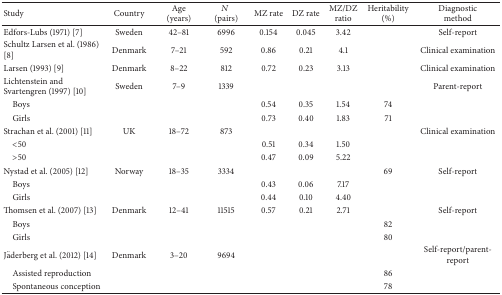
| Study | Country | Age(years) | N (pairs) | MZ rate | DZ rate | MZ/DZratio | Heritability(%) | Diagnostic method |
 | --- | --- | --- | --- | --- | --- | --- | --- | --- |
 | Edfors-Lubs (1971) [7] | Sweden | 42–81 | 6996 | 0.154 | 0.045 | 3.42 |  | Self-report |
 | Schultz Larsen et al. (1986) [8] | Denmark | 7–21 | 592 | 0.86 | 0.21 | 4.1 |  | Clinical examination |
 | Larsen (1993) [9] | Denmark | 8–22 | 812 | 0.72 | 0.23 | 3.13 |  | Clinical examination |
 | Lichtenstein and Svartengren (1997) [10] | Sweden | 7–9 | 1339 |  |  |  |  | Parent-report |
 | Boys |  |  |  | 0.54 | 0.35 | 1.54 | 74 |  |
 | Girls |  |  |  | 0.73 | 0.40 | 1.83 | 71 |  |
 | Strachan et al. (2001) [11] | UK | 18–72 | 873 |  |  |  |  | Clinical examination |
 | <50 |  |  |  | 0.51 | 0.34 | 1.50 |  |  |
 | >50 |  |  |  | 0.47 | 0.09 | 5.22 |  |  |
 | Nystad et al. (2005) [12] | Norway | 18–35 | 3334 |  |  |  | 69 | Self-report |
 | Boys |  |  |  | 0.43 | 0.06 | 7.17 |  |  |
 | Girls |  |  |  | 0.44 | 0.10 | 4.40 |  |  |
 | Thomsen et al. (2007) [13] | Denmark | 12–41 | 11515 | 0.57 | 0.21 | 2.71 |  | Self-report |
 | Boys |  |  |  |  |  |  | 82 |  |
 | Girls |  |  |  |  |  |  | 80 |  |
 | Jäderberg et al. (2012) [14] | Denmark | 3–20 | 9694 |  |  |  |  | Self-report/parent-report |
 | Assisted reproduction |  |  |  |  |  |  | 86 |  |
 | Spontaneous conception |  |  |  |  |  |  | 78 |  |